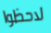
لاحظوا